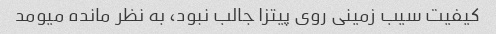
کیفیت سیب زمینی روی پیتزا جالب نبود، به نظر مانده میومد